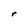
Character: r